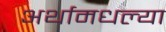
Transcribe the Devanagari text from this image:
अर्थामधल्या